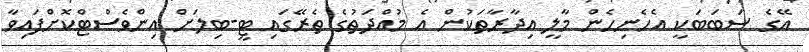
އޭގެ ސަބަބަކީ އެހެނިހެން މާލީ އިދާރާތަކުން އެ މުއްދަތުގެ ތެރޭގައި ޓީ-ބިލަށް އިންވެސްޓްކޮށްފައިވާ